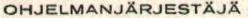
OHJELMANJÄRJESTÄJÄ